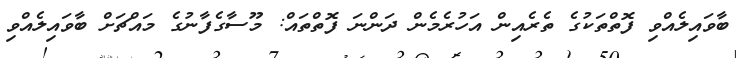
ބާވައިލެއްވި ފޮތްތަކުގެ ތެރެއިން އަހުރެމެން ދަންނަ ފޮތްތައް: މޫސާގެފާނުގެ މައްޗަށް ބާވައިލެއްވި